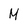
Character: M